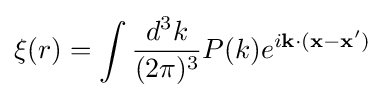
\xi (r)=\int {\frac {d^{3}k}{(2\pi )^{3}}}P(k)e^{i\mathbf {k} \cdot (\mathbf {x} -\mathbf {x} ')}